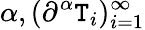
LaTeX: \alpha,(\partial^{\alpha}\mathtt{T}_{i})_{i=1}^{\infty}